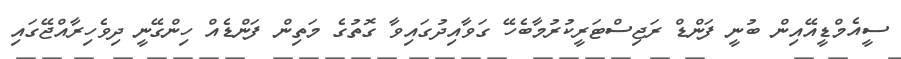
ސީއެމްޑީއޭއިން ބުނީ ފަންޑް ރަޖިސްޓަރީކުރުމާބެހޭ ގަވާއިދުގައިވާ ގޮތުގެ މަތިން ފަންޑެއް ހިންގޭނީ ދިވެހިރާއްޖޭގައި